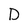
Character: D